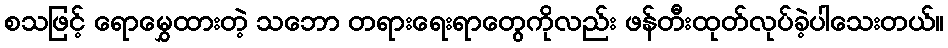
စသဖြင့် ရောမွှေထားတဲ့ သဘော တရားရေးရာတွေကိုလည်း ဖန်တီးထုတ်လုပ်ခဲ့ပါသေးတယ်။